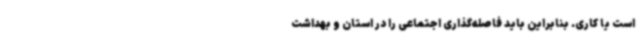
است یا کاری. بنابراین باید فاصله‌گذاری اجتماعی را در استان و بهداشت